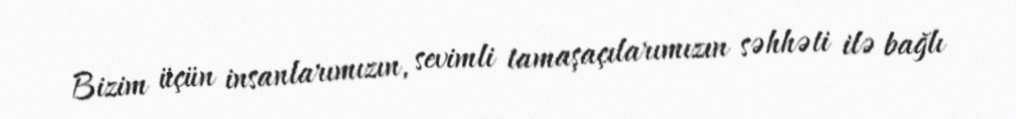
Bizim üçün insanlarımızın, sevimli tamaşaçılarımızın səhhəti ilə bağlı